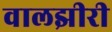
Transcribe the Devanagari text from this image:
वालझीरी